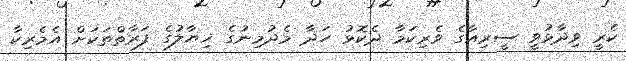
ކެރީ ވިދާޅުވީ ސީރިއާގެ ވެރިކަމާ ދެކޮޅު ހަދާ މެދުމިނުގެ ޚިޔާލުގެ ފަރާތްތަކަށް އެމެރިކާ